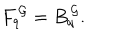
LaTeX: F _ { q } ^ { \, \cal G } = B _ { q } ^ { \, \cal G } .